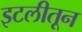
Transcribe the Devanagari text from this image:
इटलीतून